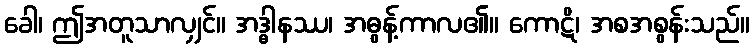
ခေါ၊ ဤအတူသာလျှင်။ အဒ္ဓါနဿ၊ အဓွန့်ကာလ၏။ ကောဋိ၊ အစအစွန်းသည်။